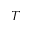
T